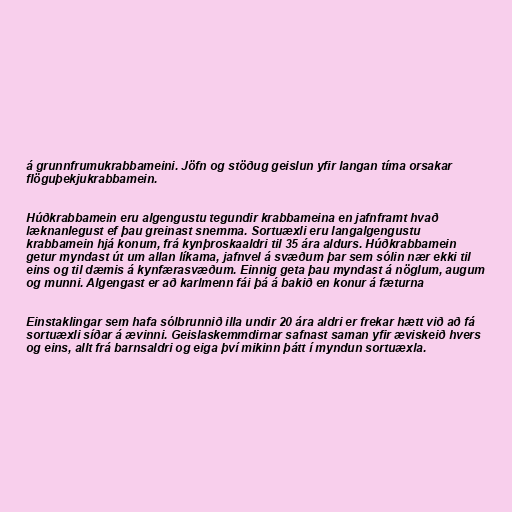
á grunnfrumukrabbameini. Jöfn og stöðug geislun yfir langan tíma orsakar
flöguþekjukrabbamein.

Húðkrabbamein eru algengustu tegundir krabbameina en jafnframt hvað
læknanlegust ef þau greinast snemma. Sortuæxli eru langalgengustu
krabbamein hjá konum, frá kynþroskaaldri til 35 ára aldurs. Húðkrabbamein
getur myndast út um allan líkama, jafnvel á svæðum þar sem sólin nær ekki til
eins og til dæmis á kynfærasvæðum. Einnig geta þau myndast á nöglum, augum
og munni. Algengast er að karlmenn fái þá á bakið en konur á fæturna

Einstaklingar sem hafa sólbrunnið illa undir 20 ára aldri er frekar hætt við að fá
sortuæxli síðar á ævinni. Geislaskemmdirnar safnast saman yfir æviskeið hvers
og eins, allt frá barnsaldri og eiga því mikinn þátt í myndun sortuæxla.